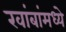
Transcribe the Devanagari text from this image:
खांबांमध्ये